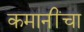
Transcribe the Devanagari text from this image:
कमानींचा